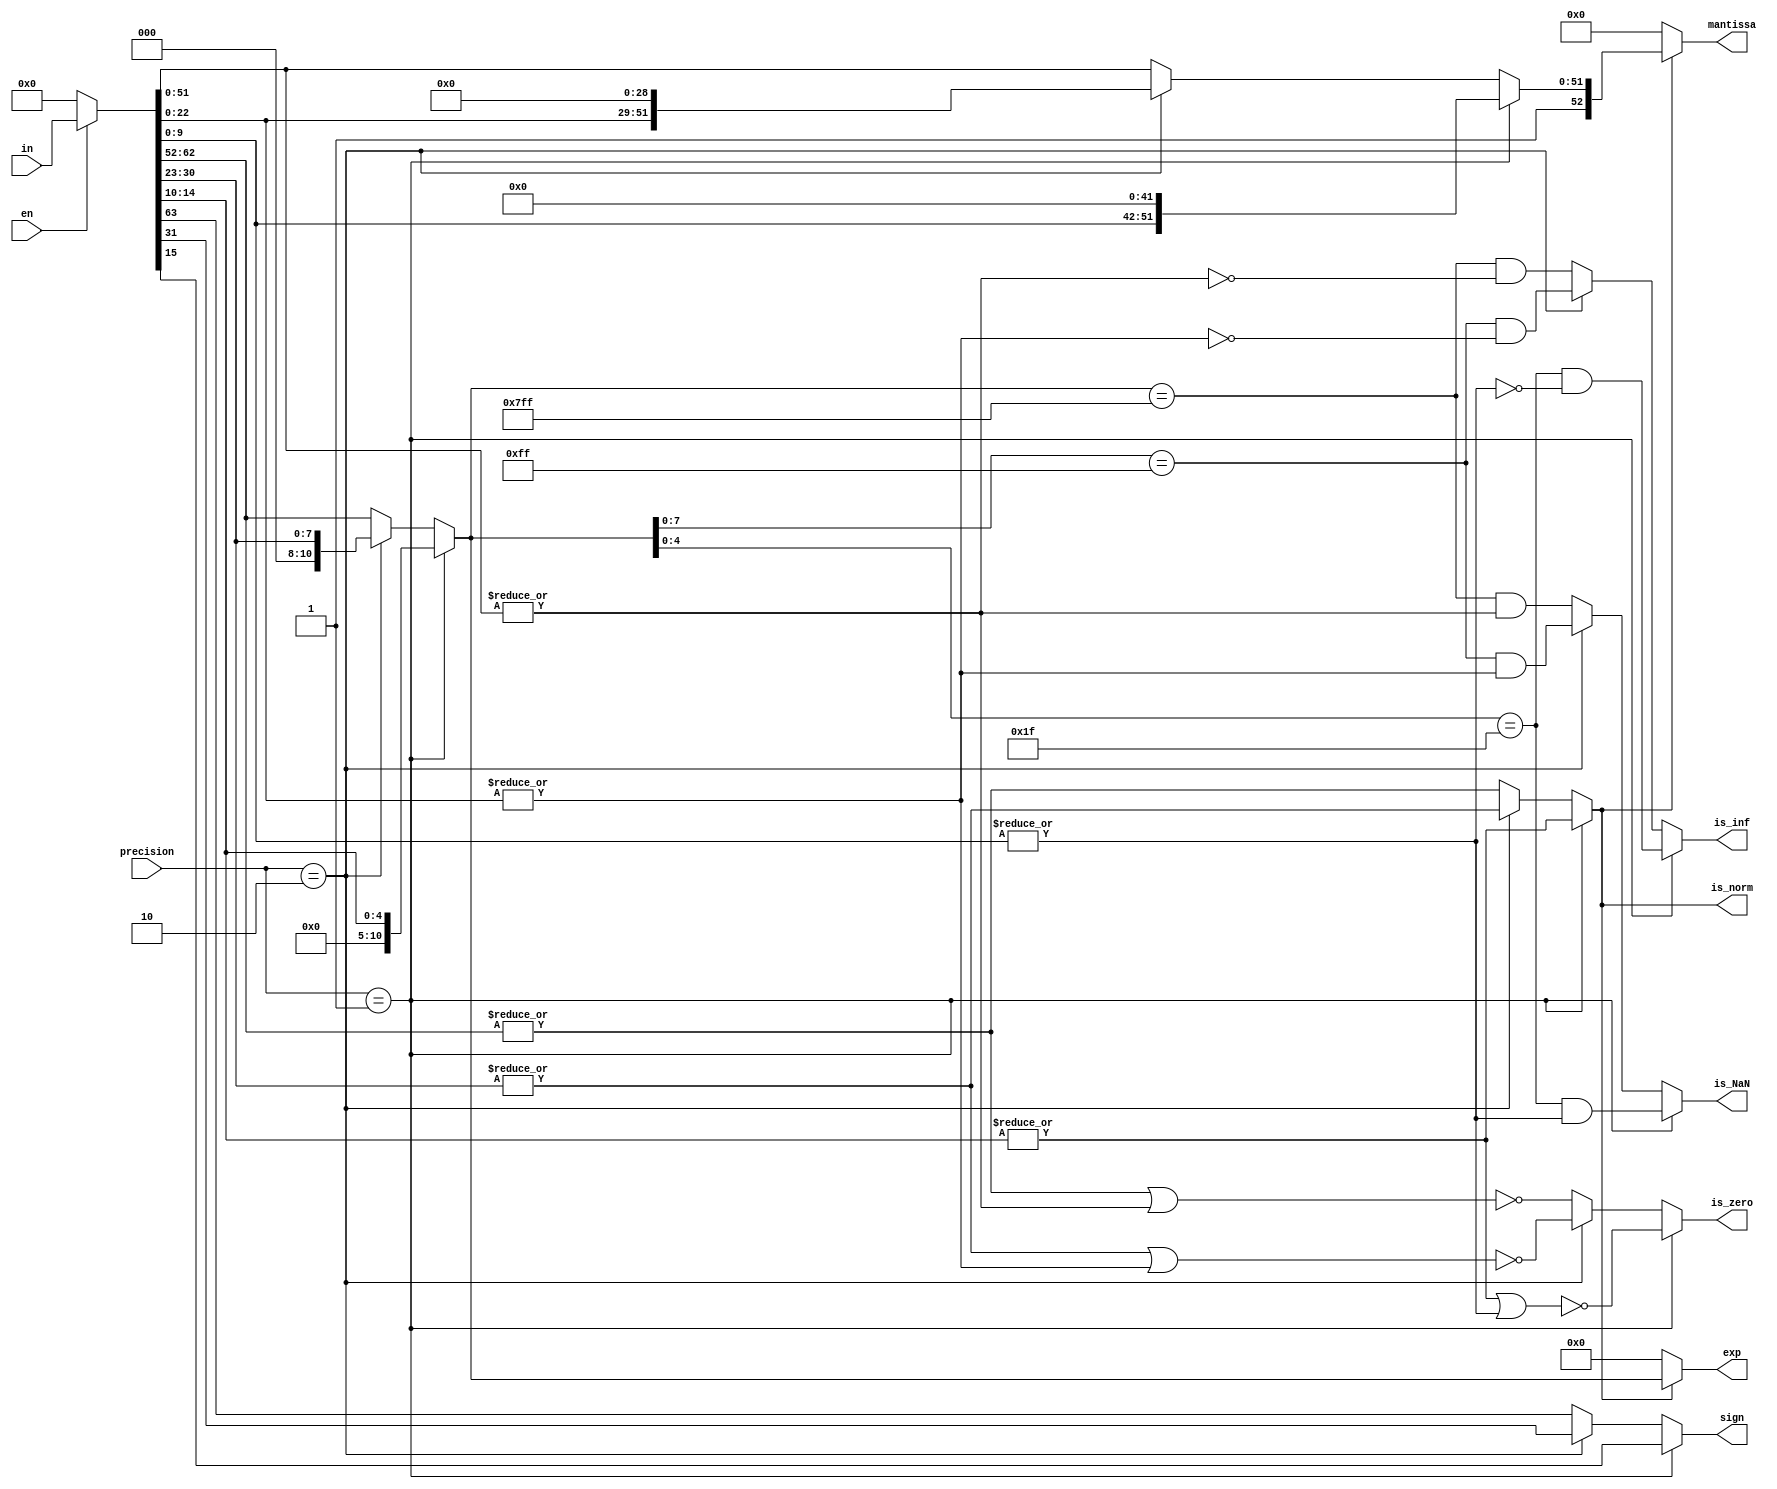
// Title: Operand V 1.0 (No Changelog)
// Updated: 
//---------------------------------------------------------------------------
// This is a Verilog file that takes a 64-bit input and outputs the sign
// exponent, and mantissa along with if input is zero, normal, infinity or NaN
//
//---------------------------------------------------------------------------
module operand(
    input [63:0]        in,
    input [1:0]         precision,
    input               en,
    output reg          sign,
    output reg [10:0]   exp,
    output reg [52:0]   mantissa,
    output reg          is_zero,
    output reg          is_norm,
    output reg          is_inf,
    output reg          is_NaN    
    );

    // Constant bais of 1023 for double precision
    
    parameter   DBIAS    =   1023;
    parameter   SBIAS    =   127;
    parameter   HBIAS    =   15;

    reg is_mantissa_nzdp, is_mantissa_nzsp, is_mantissa_nzhp;  // Is mantissa non-zero
    reg is_exp_nzdp, is_exp_nzsp, is_exp_nzhp;                 // Is exponent non-zero
    reg is_exp_mdp, is_exp_msp, is_exp_mhp;                    // Is exponent non-zero
    reg [63:0] data;

    always@(*) begin

        data = en ? in : 64'b0;
        // Extract sign bits of input
        sign = precision == 2'b01 ? data[15] : precision == 2'b10 ? data[31] : data[63];

        // Extract exponent
        exp = precision == 2'b01 ? {6'b0, data[14:10]} : precision == 2'b10 ? {3'b0, data[30:23]} : data[62:52];

        // Check if input is zero;
        is_mantissa_nzdp = |data[51:0];
        is_mantissa_nzsp = |data[22:0];
        is_mantissa_nzhp = |data[9:0];
        is_exp_nzdp = |data[62:52];
        is_exp_nzsp = |data[30:23];
        is_exp_nzhp = |data[14:10];

        is_zero = precision == 2'b01 ? ~(is_exp_nzhp || is_mantissa_nzhp) : precision == 2'b10 ? ~(is_exp_nzsp || is_mantissa_nzsp) : ~(is_exp_nzdp || is_mantissa_nzdp);

        // Check for NaN (Not a Number) (Exponent with bias is 2047 and Mantissa is nonzero)
        is_exp_mdp = exp[10:0] == 11'd2047;
        is_exp_msp = exp[7:0] == 8'd255;
        is_exp_mhp = exp[4:0] == 5'd31;

        is_NaN = precision == 2'b01 ? is_exp_mhp && is_mantissa_nzhp : 
            precision == 2'b10 ? is_exp_msp && is_mantissa_nzsp : is_exp_mdp && is_mantissa_nzdp;

        // Check for infinity (Exponant with bias is 2047 and Mantissa is zero)
        is_inf = precision == 2'b01 ? is_exp_mhp && ~is_mantissa_nzhp : 
            precision == 2'b10 ? is_exp_msp && ~is_mantissa_nzsp : is_exp_mdp && ~is_mantissa_nzdp;

        // Append 1 or 0 for normalized or demormalized significand
        is_norm = precision == 2'b01 ? is_exp_nzhp : precision == 2'b10 ? is_exp_nzsp : is_exp_nzdp;

        if(is_norm) begin
            mantissa = {1'b1, precision == 2'b01 ? {data[9:0], 42'b0} : precision == 2'b10 ? {data[22:0], 29'b0} : data[51:0]};
        end else begin                      // Subnormal Numbers Flush to Zero
            mantissa = {1'b0, 52'b0};
            exp = 11'b0;
        end
    end
endmodule